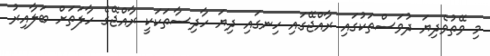
މި ވޭތުވެދިޔަ ދުވަސްތަކުގައި ރާއްޖޭގައި ހިނގައި ދިޔަ ހާދިސާތަކަކީ ރާއްޖޭގެ ހާލަތަށް ބަލާއިރު